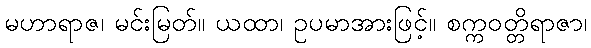
မဟာရာဇ၊ မင်းမြတ်။ ယထာ၊ ဥပမာအားဖြင့်။ စက္ကဝတ္တိရာဇာ၊